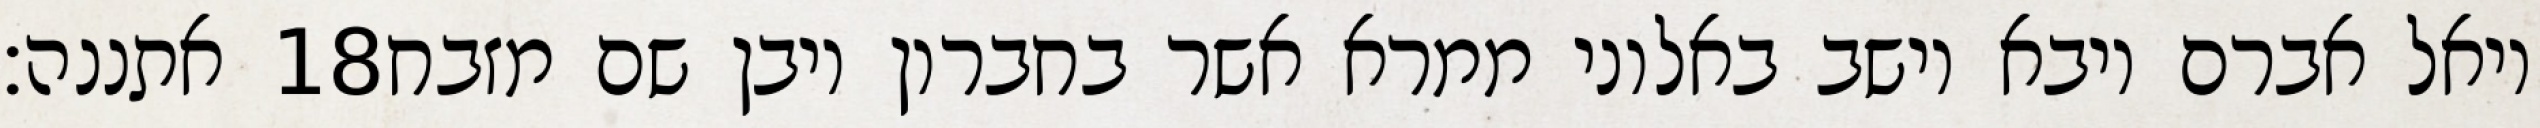
אתננה׃ ‎18‏ ויאל אברם ויבא וישב באלוני ממרא אשר בחברון ויבן שם מזבח